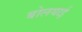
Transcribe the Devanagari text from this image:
बोलयाई